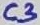
Text: C3